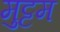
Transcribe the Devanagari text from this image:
मुट्टम